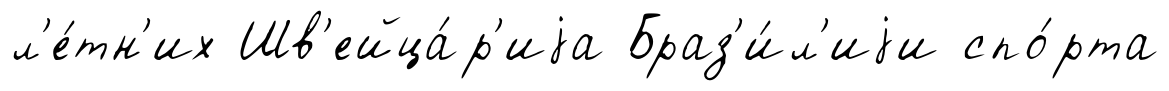
л'е́тн'их Шв'ейца́р'иjа Браз'и́л'иjи спо́рта